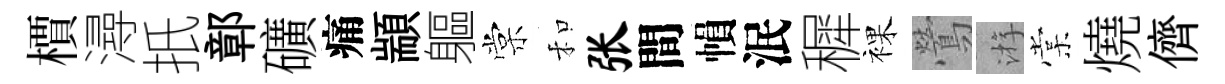
檟潯扺鄣礦痛顓軀棠和张間𢄙泯穉裸鶯㳺棠燒儕